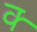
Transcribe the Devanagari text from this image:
क्‍